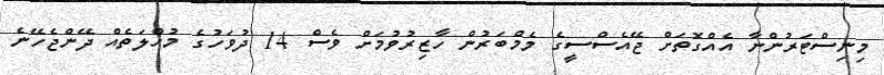
މިނިސްޓަރުންނާ އެއްގޮތަށް ޖޭއެސްސީގެ މެމްބަރުން ހާޒިރުވުމަށް ވެސް 14 ދުވަހުގެ މުހްލަތެއް ދޭންޖެހޭނެ